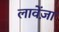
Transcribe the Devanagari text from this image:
लावेंज़ा